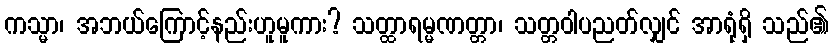
ကသ္မာ၊ အဘယ်ကြောင့်နည်းဟူမူကား? သတ္ထာရမ္မဏတ္တာ၊ သတ္တဝါပညတ်လျှင် အာရုံရှိ သည်၏